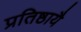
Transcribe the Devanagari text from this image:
प्रतिष्ठायै